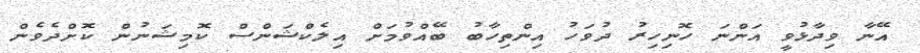
އޭނާ ވިދާޅުވީ އަންނަ ހޮނިހިރު ދުވަހު އިންތިހާބު ބޭއްވުމަށް އިލެކްޝަންސް ކޮމިޝަނުން ކޮށްދެވެން